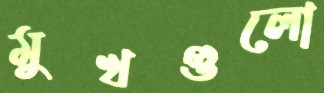
মুখগুলো